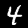
Label: 4